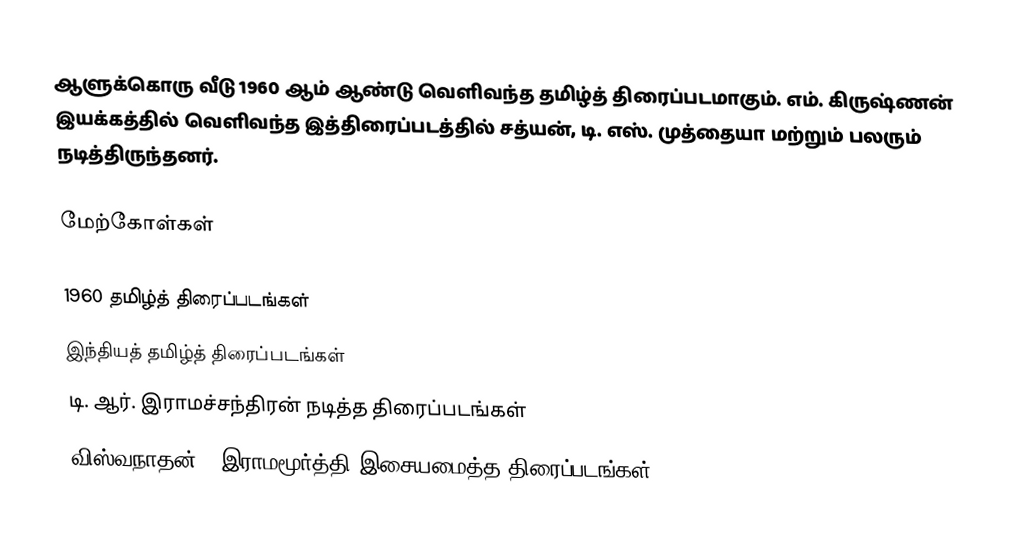
ஆளுக்கொரு வீடு 1960 ஆம் ஆண்டு வெளிவந்த தமிழ்த் திரைப்படமாகும். எம். கிருஷ்ணன் இயக்கத்தில் வெளிவந்த இத்திரைப்படத்தில் சத்யன், டி. எஸ். முத்தையா மற்றும் பலரும் நடித்திருந்தனர்.

மேற்கோள்கள்

1960 தமிழ்த் திரைப்படங்கள்
இந்தியத் தமிழ்த் திரைப்படங்கள்
டி. ஆர். இராமச்சந்திரன் நடித்த திரைப்படங்கள்
விஸ்வநாதன் - இராமமூர்த்தி இசையமைத்த திரைப்படங்கள்